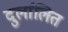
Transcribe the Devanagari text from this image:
दुर्लालित